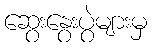
ဆွေးနွေးပွဲများမှ